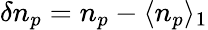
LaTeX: \delta n_{p}=n_{p}-\langle n_{p}\rangle_{1}